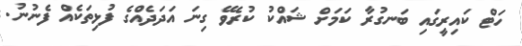
ހަޓް ކައިރީގައި ބަނގުރާ ކަމަށް ޝައްކު ކުރެވޭ ގިނަ އަދަދެއްގެ ފުޅިތަކެއް ފެނުނު.